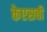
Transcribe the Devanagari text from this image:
केएसबी